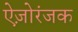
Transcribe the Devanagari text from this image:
ऐज़ोरंजक